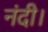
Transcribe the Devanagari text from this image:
नंदी।